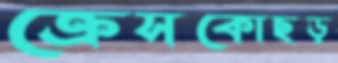
ক্রেসকোছড়